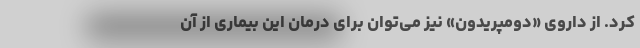
کرد. از داروی «دومپریدون» نیز می‌توان برای درمان این بیماری از آن